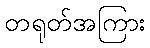
တရုတ်အကြား